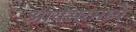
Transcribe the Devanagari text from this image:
आयसरमध्ये